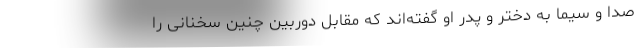
صدا و سیما به دختر و پدر او گفته‌اند که مقابل دوربین چنین سخنانی را